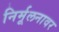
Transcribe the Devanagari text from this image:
निर्मूलनावर